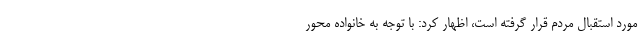
مورد استقبال مردم قرار گرفته است، اظهار کرد: با توجه به خانواده محور